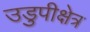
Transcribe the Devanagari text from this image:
उडुपीक्षेत्र